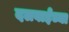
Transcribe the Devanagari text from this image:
दलवाईंच्या